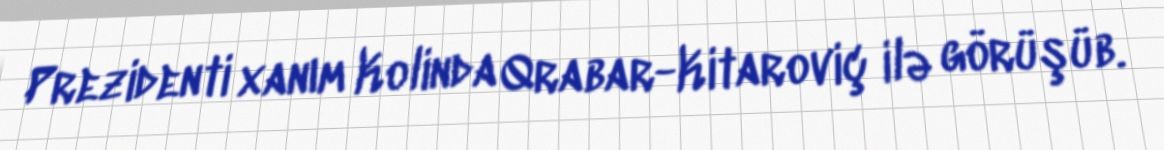
Prezidenti xanım Kolinda Qrabar-Kitaroviç ilə görüşüb.